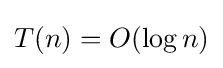
T(n)=O(\log n)